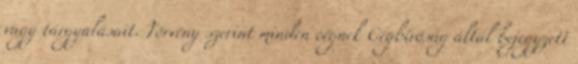
vagy tárgyalásait. Törvény szerint minden cégnek Cégbíróság által bejegyzett